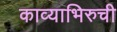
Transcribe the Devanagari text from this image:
काव्याभिरुची